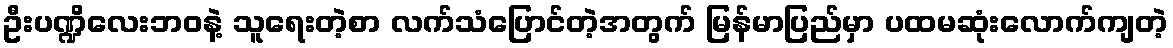
ဦးပဏ္ဍိလေးဘဝနဲ့ သူရေးတဲ့စာ လက်သံပြောင်တဲ့အတွက် မြန်မာပြည်မှာ ပထမဆုံးလောက်ကျတဲ့